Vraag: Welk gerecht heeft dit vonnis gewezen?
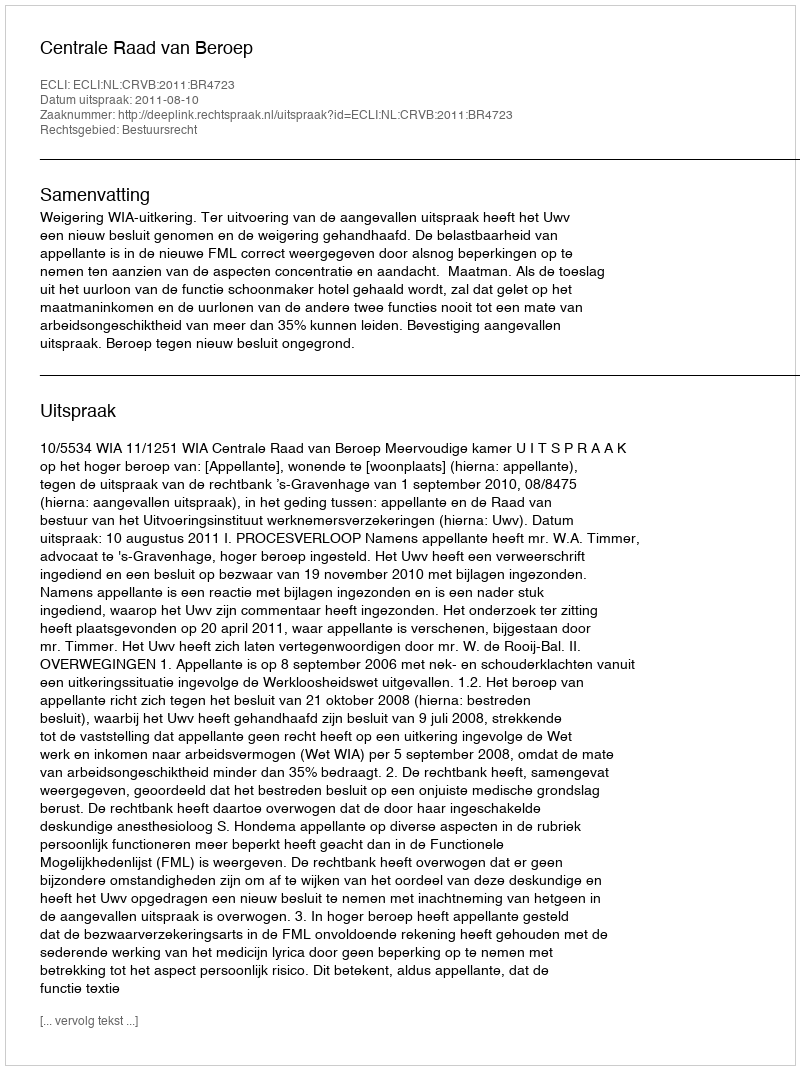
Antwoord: Centrale Raad van Beroep